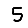
Digit: 5